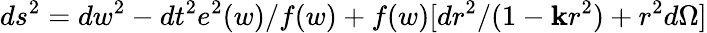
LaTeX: ds^{2}=dw^{2}-dt^{2}e^{2}(w)/f(w)+f(w)[dr^{2}/(1-\mathbf{k}r^{2})+r^{2}d\Omega]